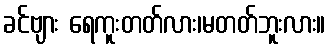
ခင်ဗျား ရေကူးတတ်လား၊မတတ်ဘူးလား။